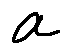
a